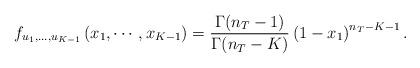
LaTeX: \begin{align*}f_{u_1,\ldots,u_{K-1}}\left( x_1, \cdots, x_{K-1}\right) =\frac{\Gamma(n_T-1)}{\Gamma(n_T-K)} \left(1 - x_1 \right)^{n_T-K-1}.\end{align*}